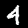
Label: 4